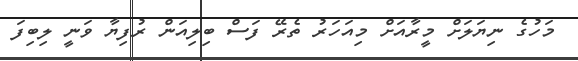
މަހުގެ ނިޔަލަށް މީރާއަށް މިއަހަރު ތެރޭ ފަސް ބިލިއަން ރުފިޔާ ވަނީ ލިބިފަ